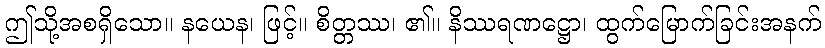
ဤသို့အစရှိသော။ နယေန၊ ဖြင့်။ စိတ္တဿ၊ ၏။ နိဿရဏဋ္ဌော၊ ထွက်မြောက်ခြင်းအနက်